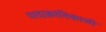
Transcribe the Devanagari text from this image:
पादाक्रांतिकाळी